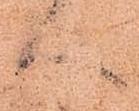
へ